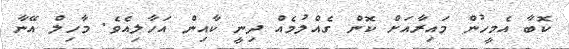
ކޮބާ އެމީހުން މައިރާއަށް ކޮން ގެއްލުމެއް ދިނީ ކާއިން އަހާލިއެވެ. މާހިލް އޭނާ